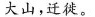
大山，迁徙。